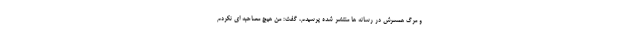
و مرگ همسرش در رسانه ها منتشر شده پرسیدم، گفت: من هیچ مصاحبه ای نکردم